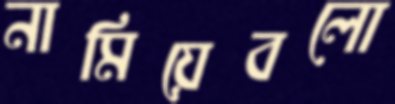
নামিয়েবলো